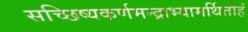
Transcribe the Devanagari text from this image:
सच्छिष्यकर्णमन्द्राभ्यामर्थितोहं